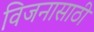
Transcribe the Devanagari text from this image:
विजनासाठी